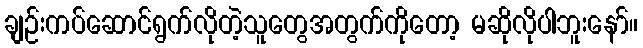
ချဉ်းကပ်ဆောင်ရွက်လိုတဲ့သူတွေအတွက်ကိုတော့ မဆိုလိုပါဘူးနော်။